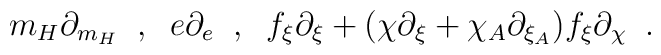
m_H \partial_{m_H} \; \; , \; \;  e \partial_e \; \; , \; \;  f_{\xi} \partial_{\xi} + (\chi \partial_{\xi} + \chi_A \partial_{\xi_A} ) f_{\xi} \partial_{\chi} \; \; .